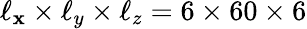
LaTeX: \ell_{\mathbf{x}}\times\ell_{y}\times\ell_{z}=6\times60\times6